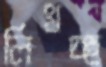
লিখচ্ছ